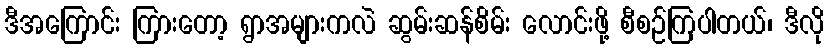
ဒီအကြောင်း ကြားတော့ ရွာအများကလဲ ဆွမ်းဆန်စိမ်း လောင်းဖို့ စီစဉ်ကြပါတယ်၊ ဒီလို